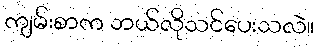
ကျမ်းစာက ဘယ်လိုသင်ပေးသလဲ။